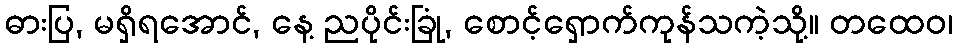
ဓားပြ, မရှိရအောင်, နေ့ ညပိုင်းခြုံ, စောင့်ရှောက်ကုန်သကဲ့သို့။ တထေဝ၊